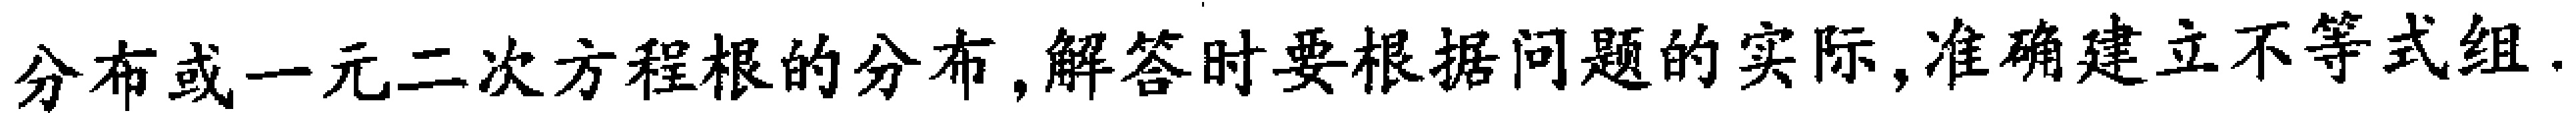
分布或一元二次方程根的分布,解答时要根据问题的实际,准确建立不等式组.